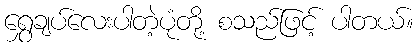
ရွှေချပ်လေးပါတဲ့ပုံတို့ စသည်ဖြင့် ပါတယ်။